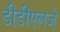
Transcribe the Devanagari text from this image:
डीडीएलजे